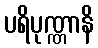
ပရိပုဏ္ဏာနိ